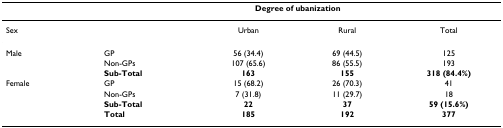
<table><thead><tr><td></td><td></td><td colspan="2"><b>Degree of ubanization</b></td><td></td></tr></thead><tbody><tr><td>Sex</td><td></td><td>Urban</td><td>Rural</td><td>Total</td></tr><tr><td>Male</td><td>GP</td><td>56 (34.4)</td><td>69 (44.5)</td><td>125</td></tr><tr><td></td><td>Non-GPs</td><td>107 (65.6)</td><td>86 (55.5)</td><td>193</td></tr><tr><td></td><td><b>Sub-Total</b></td><td><b>163</b></td><td><b>155</b></td><td><b>318 (84.4%)</b></td></tr><tr><td>Female</td><td>GP</td><td>15 (68.2)</td><td>26 (70.3)</td><td>41</td></tr><tr><td></td><td>Non-GPs</td><td>7 (31.8)</td><td>11 (29.7)</td><td>18</td></tr><tr><td></td><td><b>Sub-Total</b></td><td><b>22</b></td><td><b>37</b></td><td><b>59 (15.6%)</b></td></tr><tr><td></td><td><b>Total</b></td><td><b>185</b></td><td><b>192</b></td><td><b>377</b></td></tr></tbody></table>